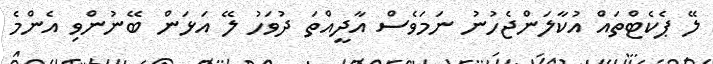
ލޭ ޕެކެޓްތައް އުކާލަންޖެހުނު ނަމަވެސް އާދީއްތަ ދުވަހު ލޭ އަޅަން ބޭނުންވި އެންމެ